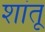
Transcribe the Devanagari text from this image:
शांतू